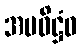
အပဝိဋ္ဌံဝ